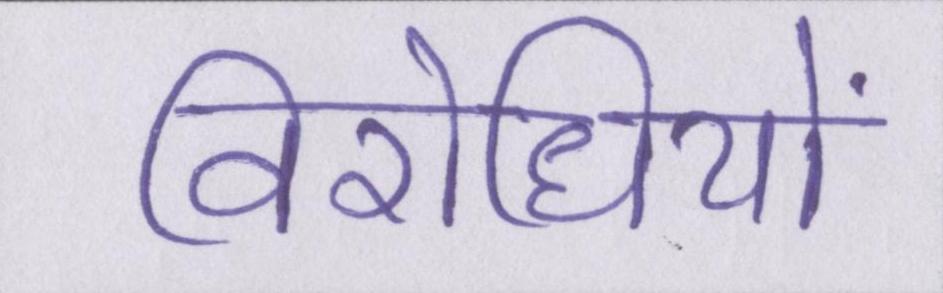
विरोधियों